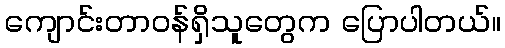
ကျောင်းတာဝန်ရှိသူတွေက ပြောပါတယ်။